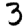
Digit: 3